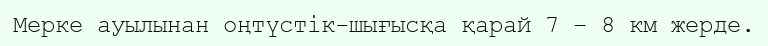
Мерке ауылынан оңтүстік-шығысқа қарай 7 – 8 км жерде.